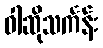
ဝါဆိုသင်္ကန်း